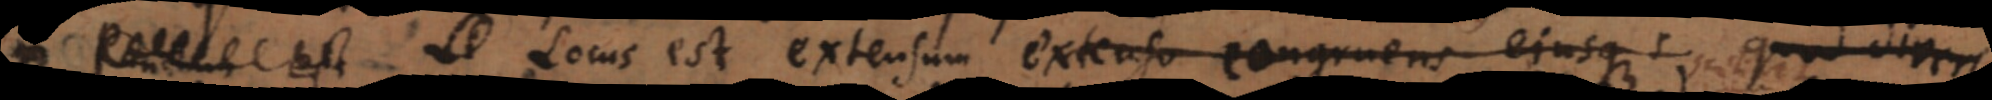
est. Locus est extensum extenso congruens ejusque s quod diversis